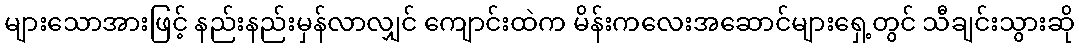
များသောအားဖြင့် နည်းနည်းမှန်လာလျှင် ကျောင်းထဲက မိန်းကလေးအဆောင်များရှေ့တွင် သီချင်းသွားဆို